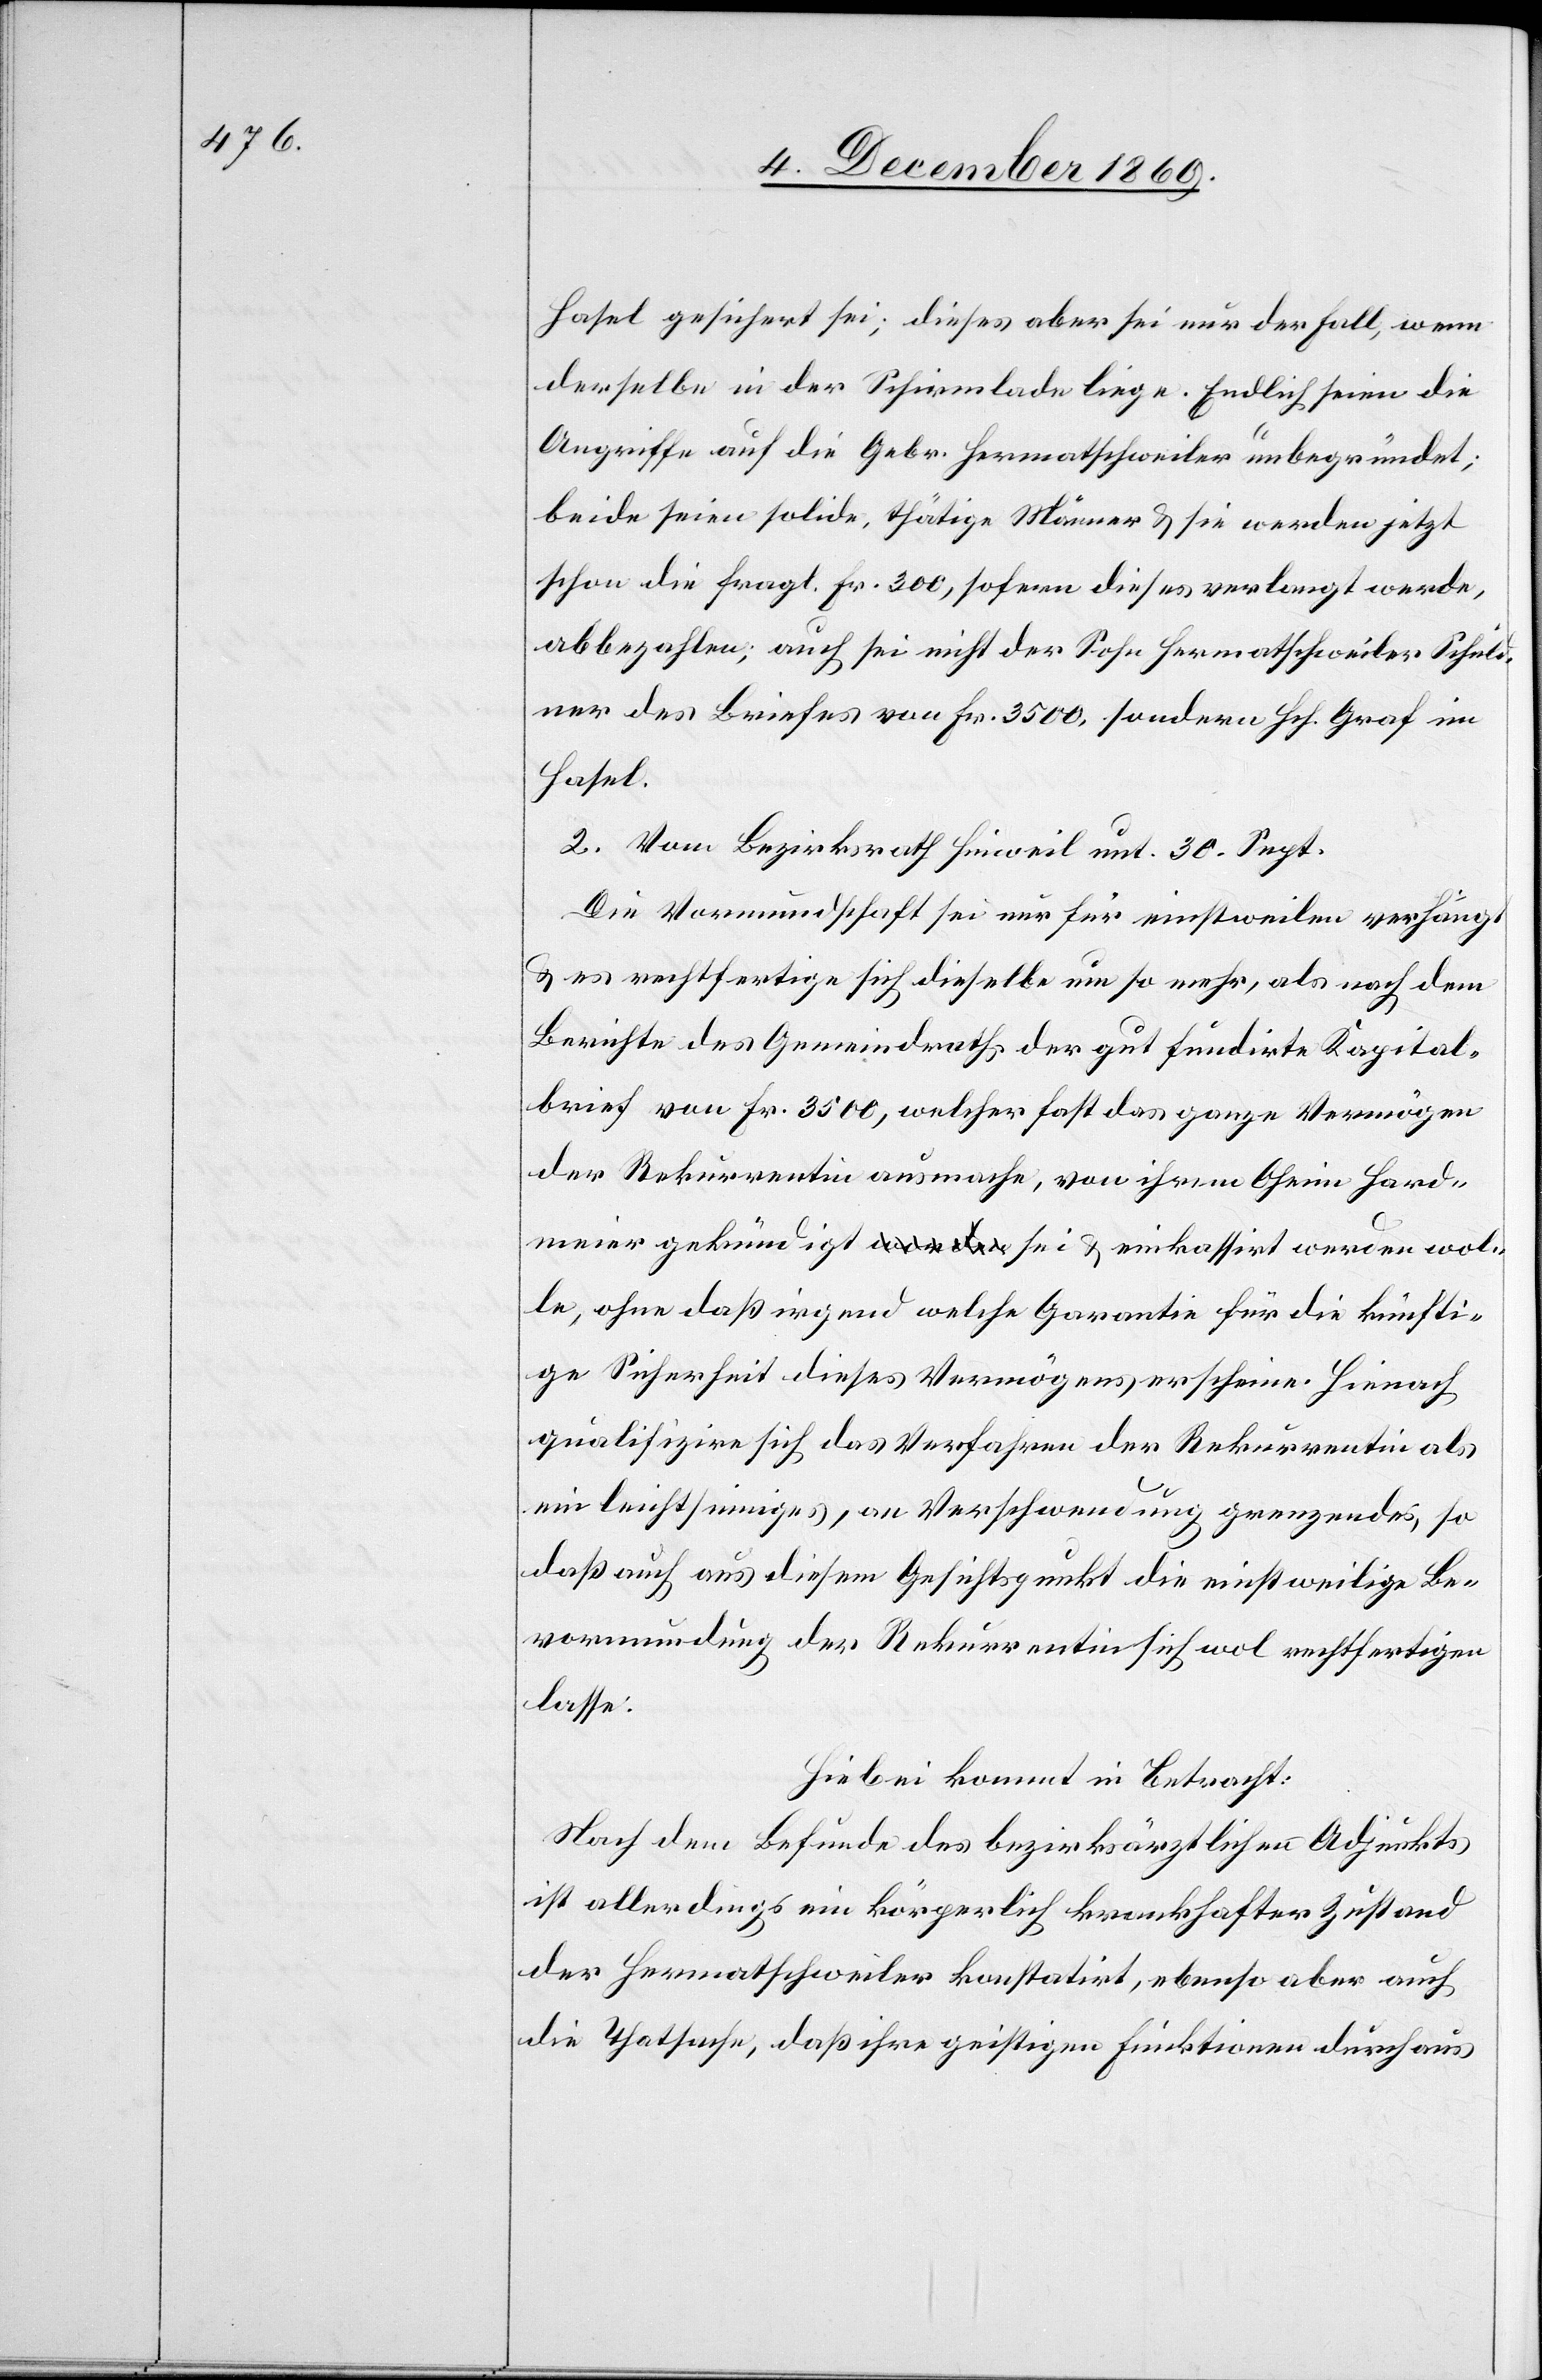
Hasel gesichert sei; dieses aber sei nur der Fall, wenn
derselbe in der Schirmlade liege. Endlich seien die
Angriffe auf die Gebr. Hermatschweiler unbegründet;
beide seien solide, thätige Männer & sie werden jetzt
schon die fragl. Fr. 300, sofern dieses verlangt werde,
abbezahlen; auch sei nicht der Sohn Hermatschweiler Schuld¬
ner des Briefes von Frk. 3500, sondern Hch. Graf im
Hasel.
2. Vom Bezirksrath Hinweil unt. 30. Sept.
Die Vormundschaft sei nur für einstweilen verhängt
& es rechtfertige sich dieselbe um so mehr, als nach dem
Berichte des Gemeindraths der gut fundirte Kapital¬
brief von Fr. 3500, welcher fast das ganze Vermögen
der Rekurrentin ausmache, von ihrem Oheim Hard¬
meier gekündigt sei & einkassirt werden wol¬
le, ohne daß irgend welche Garantie für die künfti¬
ge Sicherheit dieses Vermögens erscheine. Hienach
qualifizire sich das Verfahren der Rekurrentin als
ein leichtsinniges, an Verschwendung grenzendes, so
daß auch aus diesem Gesichtspunkt die einstweilige Be¬
vormundung der Rekurrentin sich wol rechtfertigen
lasse.
Hiebei kommt in Betracht:
Nach dem Befunde des bezirksärztlichen Adjunkts
ist allerdings ein körperlich krankhafter Zustand
der Hermatschweiler konstatirt, ebenso aber auch
die Thatsache, daß ihre geistigen Funktionen durchaus